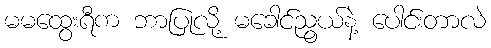
မမထွေးရီက ဘာပြုလို့ မခေါင်ညွယ်နဲ့ ပေါင်းတာလဲ